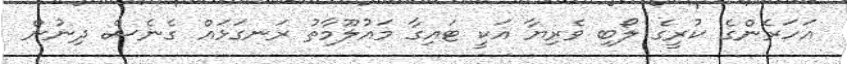
އަހަރެންގެ ކުރީގެ ލޯބި ވެރިޔާ އަކީ ޓައިގާ މައުލޫމާތު ރަނގަޅައް ގެނެސް ދިނުން